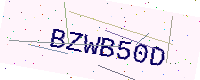
Text: BZWB50D